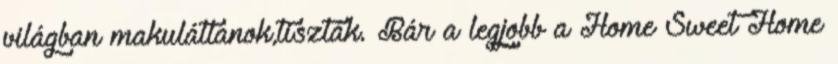
világban makulátlanok,tiszták. Bár a legjobb a Home Sweet Home